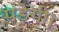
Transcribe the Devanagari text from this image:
पडे़गी।